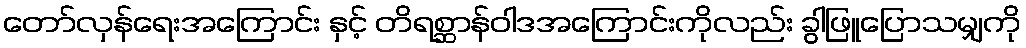
တော်လှန်ရေးအကြောင်း နှင့် တိရစ္ဆာန်ဝါဒအကြောင်းကိုလည်း ခွါဖြူပြောသမျှကို